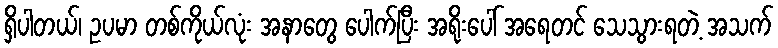
ရှိပါတယ်၊ ဥပမာ တစ်ကိုယ်လုံး အနာတွေ ပေါက်ပြီး အရိုးပေါ် အရေတင် သေသွားရတဲ့ အသက်